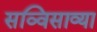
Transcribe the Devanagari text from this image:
सव्विसाव्या